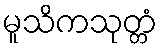
မူသိကသုတ္တံ